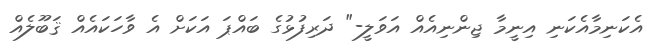
އެކަނިމާއެކަނި އިނީމާ ޖިންނިއެއް އަވަލީ-" ދަރިފުޅުގެ ބައްޕަ އަކަށް އެ ވާހަކައެއް ޤަބޫލެއް